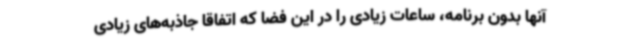
آنها بدون برنامه، ساعات زیادی را در این فضا که اتفاقا جاذبه‌های زیادی